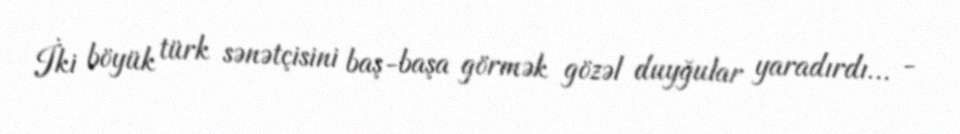
İki böyük türk sənətçisini baş-başa görmək gözəl duyğular yaradırdı... -